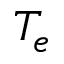
T _ { e }